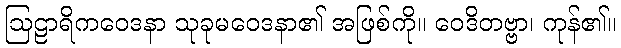
ဩဠာရိကဝေဒနာ သုခုမဝေဒနာ၏ အဖြစ်ကို။ ဝေဒိတဗ္ဗာ၊ ကုန်၏။